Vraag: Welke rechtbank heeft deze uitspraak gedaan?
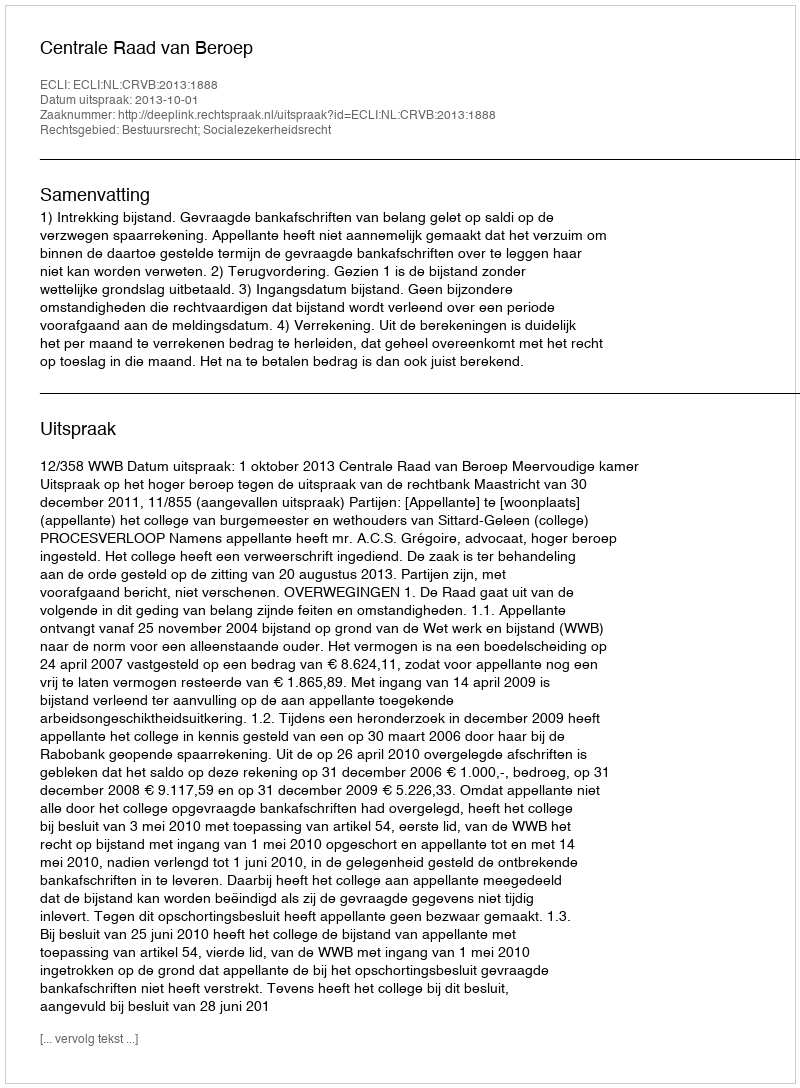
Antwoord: Centrale Raad van Beroep